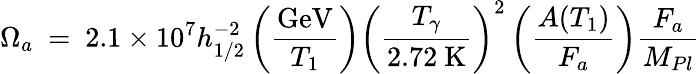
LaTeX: \Omega_{a}\ =\ 2.1\times 10^{7}h_{1/2}^{-2}\left({\frac{\mathrm{GeV}}{T_{1}}}\right)\left(\frac{T_{\gamma}}{2.72\ \mathrm{K}}\right)^{2}\left({\frac{A(T_{1})}{F_{a}}}\right){\frac{F_{a}}{M_{Pl}}}